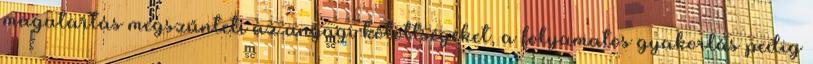
magatartás megszűnteti az anyagi kötöttségeket, a folyamatos gyakorlás pedig